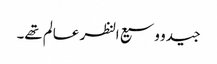
جید و وسیع النظر عالم تھے۔